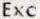
EXC